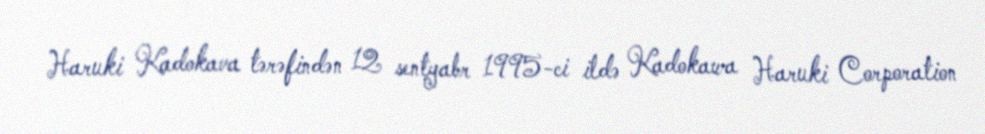
Haruki Kadokava tərəfindən 12 sentyabr 1995-ci ildə Kadokawa Haruki Corporation